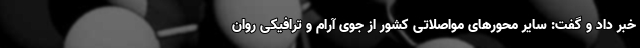
خبر داد و گفت: سایر محورهای مواصلاتی کشور از جوی آرام و ترافیکی روان